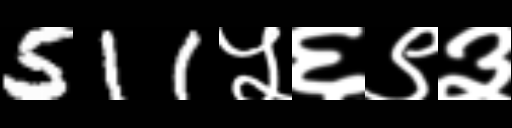
Text: 511५६९३